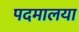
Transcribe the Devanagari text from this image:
पदमालया